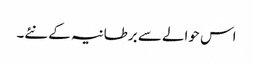
اس حوالے سے برطانیہ کے نئے۔